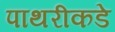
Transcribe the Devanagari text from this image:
पाथरीकडे